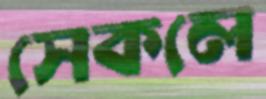
সেকলে